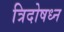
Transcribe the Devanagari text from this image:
त्रिदोषध्न